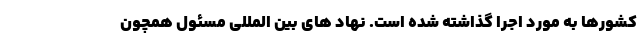
کشورها به مورد اجرا گذاشته شده است. نهاد های بین المللی مسئول همچون